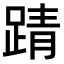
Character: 𫏏